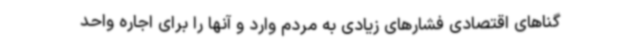
گناهای اقتصادی فشارهای زیادی به مردم وارد و آنها را برای اجاره واحد